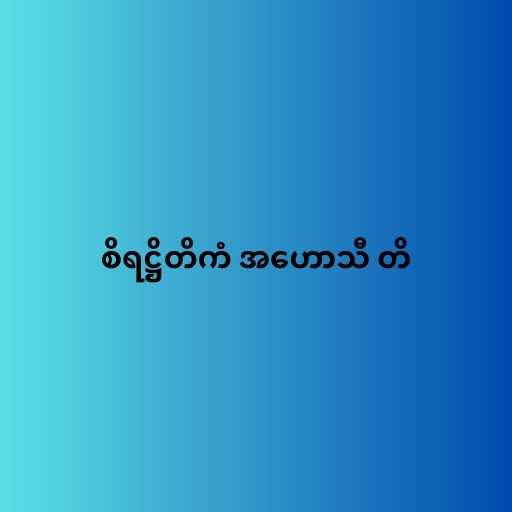
စိရဋ္ဌိတိကံ အဟောသီ တိ